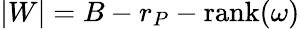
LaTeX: |W|=B-r_{P}-\mathrm{rank}(\omega)